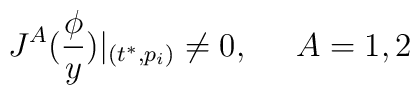
J^A(\frac \phi y)|_{(t^{*},p_i)}\neq 0,\;\;\;\;\;A=1,2